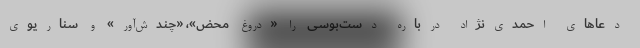
دعاهای احمدی‌نژاد درباره دست‌بوسی را «دروغ محض»، «چندش‌آور» و سناریوی